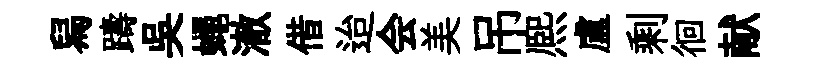
舄躊吳蠅澈借迨会美吊熈盧剩徊献